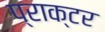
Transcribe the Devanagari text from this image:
प्राक्टर